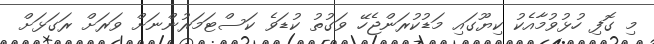
މި ގޮފި ހުޅުވުމާއެކު ކިޔޫގައި މަޑުކުރަންޖެހޭ ވަގުތު ކުޑަވެ ކަސްޓަމަރުންނަށް ވަރަށް ރަގަޅަށް